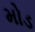
મોડ